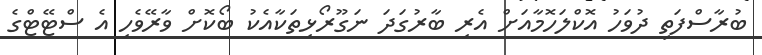
ބުރާސްފަތި ދުވަހު އޮކްލަހޮމާއަށް އެރި ބާރުގަދަ ނަގޫރޯޅިތަކާއެކު ބޯކޮށް ވާރޭވެހި އެ ސްޓޭޓްގެ